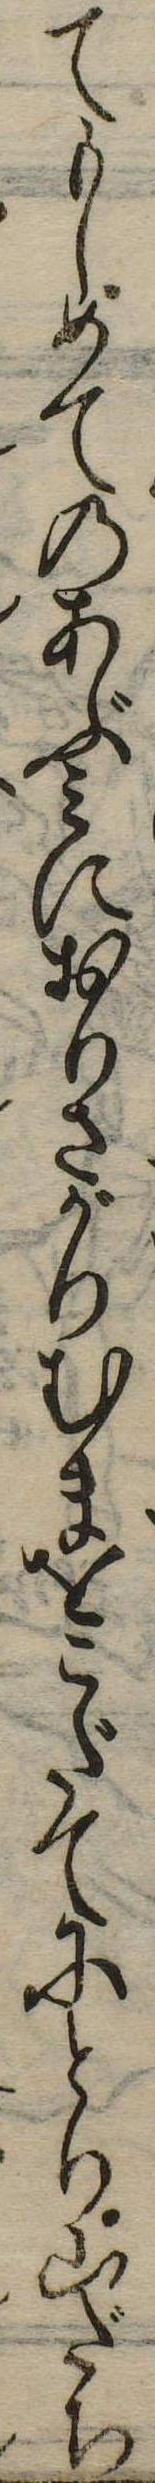
てもしめてのあぶみにおりさがりむまをこだてにとり山だち